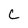
Character: C